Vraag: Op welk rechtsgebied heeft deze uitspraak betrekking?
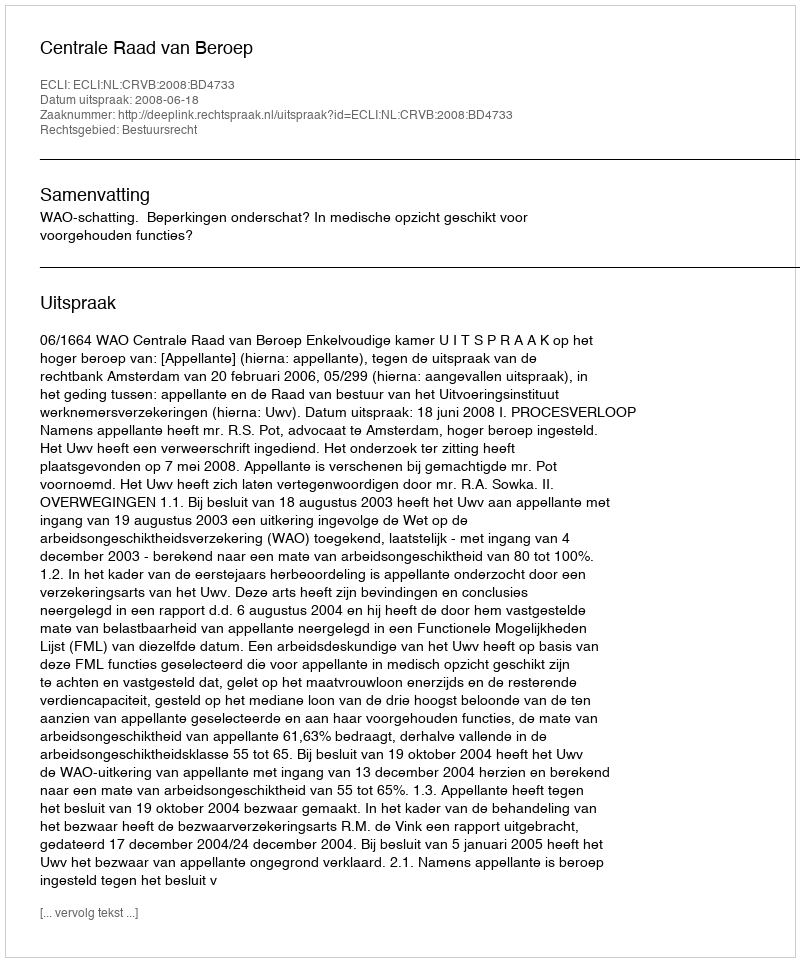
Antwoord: Bestuursrecht